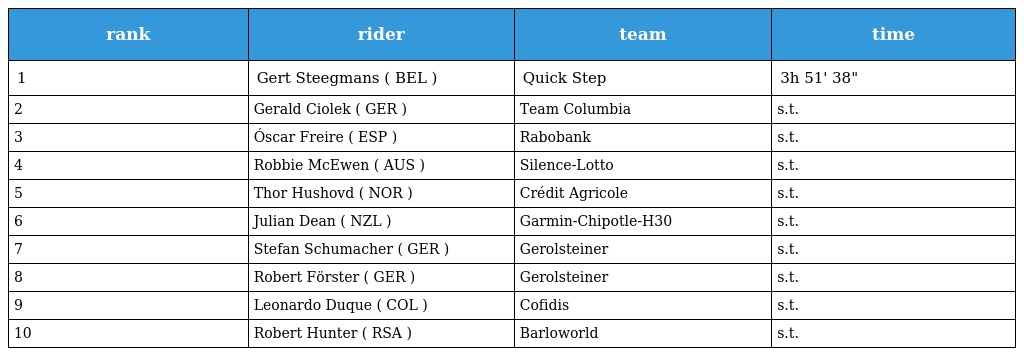
| rank | rider | team | time |
 | --- | --- | --- | --- |
 | 1 | Gert Steegmans ( BEL ) | Quick Step | 3h 51' 38" |
 | 2 | Gerald Ciolek ( GER ) | Team Columbia | s.t. |
 | 3 | Óscar Freire ( ESP ) | Rabobank | s.t. |
 | 4 | Robbie McEwen ( AUS ) | Silence-Lotto | s.t. |
 | 5 | Thor Hushovd ( NOR ) | Crédit Agricole | s.t. |
 | 6 | Julian Dean ( NZL ) | Garmin-Chipotle-H30 | s.t. |
 | 7 | Stefan Schumacher ( GER ) | Gerolsteiner | s.t. |
 | 8 | Robert Förster ( GER ) | Gerolsteiner | s.t. |
 | 9 | Leonardo Duque ( COL ) | Cofidis | s.t. |
 | 10 | Robert Hunter ( RSA ) | Barloworld | s.t. |